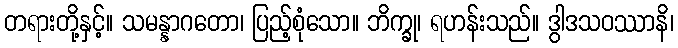
တရားတို့နှင့်။ သမန္နာဂတော၊ ပြည့်စုံသော။ ဘိက္ခု၊ ရဟန်းသည်။ ဒွါဒသဝဿာနိ၊